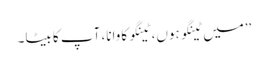
’’میں ٹینگو ہوں، ٹینگو کاوانا، آپ کا بیٹا۔